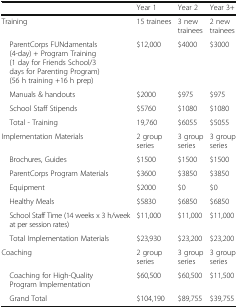
|  | Year 1 | Year 2 | Year 3+ |
 | --- | --- | --- | --- |
 | Training | 15 trainees | 3 new trainees | 2 new trainees |
 | ParentCorps FUNdamentals (4-day) + Program Training (1 day for Friends School/3 days for Parenting Program) (56 h training +16 h prep) | $12,000 | $4000 | $3000 |
 | Manuals & handouts | $2000 | $975 | $975 |
 | School Staff Stipends | $5760 | $1080 | $1080 |
 | Total - Training | 19,760 | $6055 | $5055 |
 | Implementation Materials | 2 group series | 3 group series | 3 group series |
 | Brochures, Guides | $1500 | $1500 | $1500 |
 | ParentCorps Program Materials | $3600 | $3850 | $3850 |
 | Equipment | $2000 | $0 | $0 |
 | Healthy Meals | $5830 | $6850 | $6850 |
 | School Staff Time (14 weeks x 3 h/week at per session rates) | $11,000 | $11,000 | $11,000 |
 | Total Implementation Materials | $23,930 | $23,200 | $23,200 |
 | Coaching | 2 group series | 3 group series | 3 group series |
 | Coaching for High-Quality Program Implementation | $60,500 | $60,500 | $11,500 |
 | Grand Total | $104,190 | $89,755 | $39,755 |